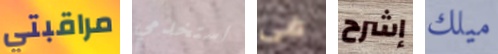
مراقبتي استخدمي فى إشرح ميلك